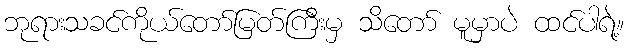
ဘုရားသခင်ကိုယ်တော်မြတ်ကြီးမှ သိတော် မူမှာပဲ ထင်ပါရဲ့။